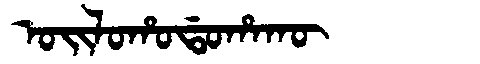
Manchu: ᠣᡳᠯᠣᡥᠣᡩᠣᡥᠠᡴᡡ
Romanization: OILOHODOHAKŪ